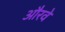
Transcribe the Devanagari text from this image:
औरवे